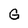
Character: G